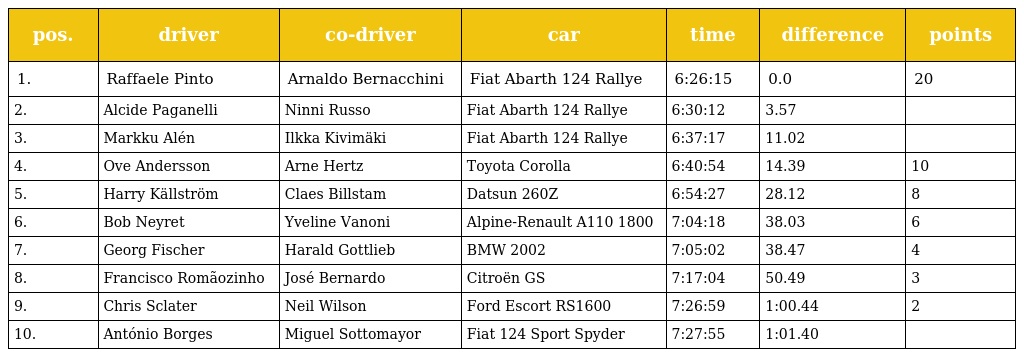
| pos. | driver | co-driver | car | time | difference | points |
 | --- | --- | --- | --- | --- | --- | --- |
 | 1. | Raffaele Pinto | Arnaldo Bernacchini | Fiat Abarth 124 Rallye | 6:26:15 | 0.0 | 20 |
 | 2. | Alcide Paganelli | Ninni Russo | Fiat Abarth 124 Rallye | 6:30:12 | 3.57 |  |
 | 3. | Markku Alén | Ilkka Kivimäki | Fiat Abarth 124 Rallye | 6:37:17 | 11.02 |  |
 | 4. | Ove Andersson | Arne Hertz | Toyota Corolla | 6:40:54 | 14.39 | 10 |
 | 5. | Harry Källström | Claes Billstam | Datsun 260Z | 6:54:27 | 28.12 | 8 |
 | 6. | Bob Neyret | Yveline Vanoni | Alpine-Renault A110 1800 | 7:04:18 | 38.03 | 6 |
 | 7. | Georg Fischer | Harald Gottlieb | BMW 2002 | 7:05:02 | 38.47 | 4 |
 | 8. | Francisco Romãozinho | José Bernardo | Citroën GS | 7:17:04 | 50.49 | 3 |
 | 9. | Chris Sclater | Neil Wilson | Ford Escort RS1600 | 7:26:59 | 1:00.44 | 2 |
 | 10. | António Borges | Miguel Sottomayor | Fiat 124 Sport Spyder | 7:27:55 | 1:01.40 |  |